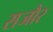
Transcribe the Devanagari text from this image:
राजौर